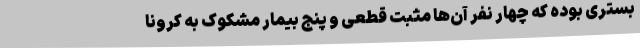
بستری بوده که چهار نفر آن‌ها مثبت قطعی و پنج بیمار مشکوک به کرونا